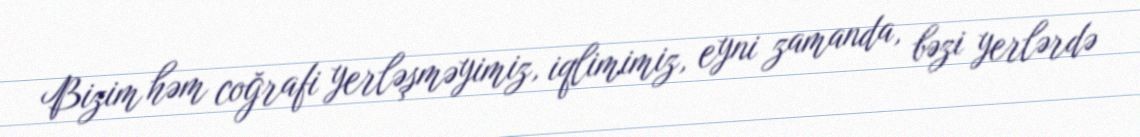
Bizim həm coğrafi yerləşməyimiz, iqlimimiz, eyni zamanda, bəzi yerlərdə